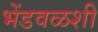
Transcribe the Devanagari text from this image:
भेंडवळशी